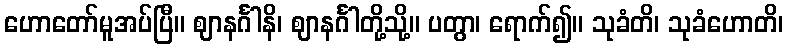
ဟောတော်မူအပ်ပြီ။ ဈာနင်္ဂါနိ၊ ဈာနင်္ဂါတို့သို့။ ပတွာ၊ ရောက်၍။ သုခံတိ၊ သုခံဟောတိ၊